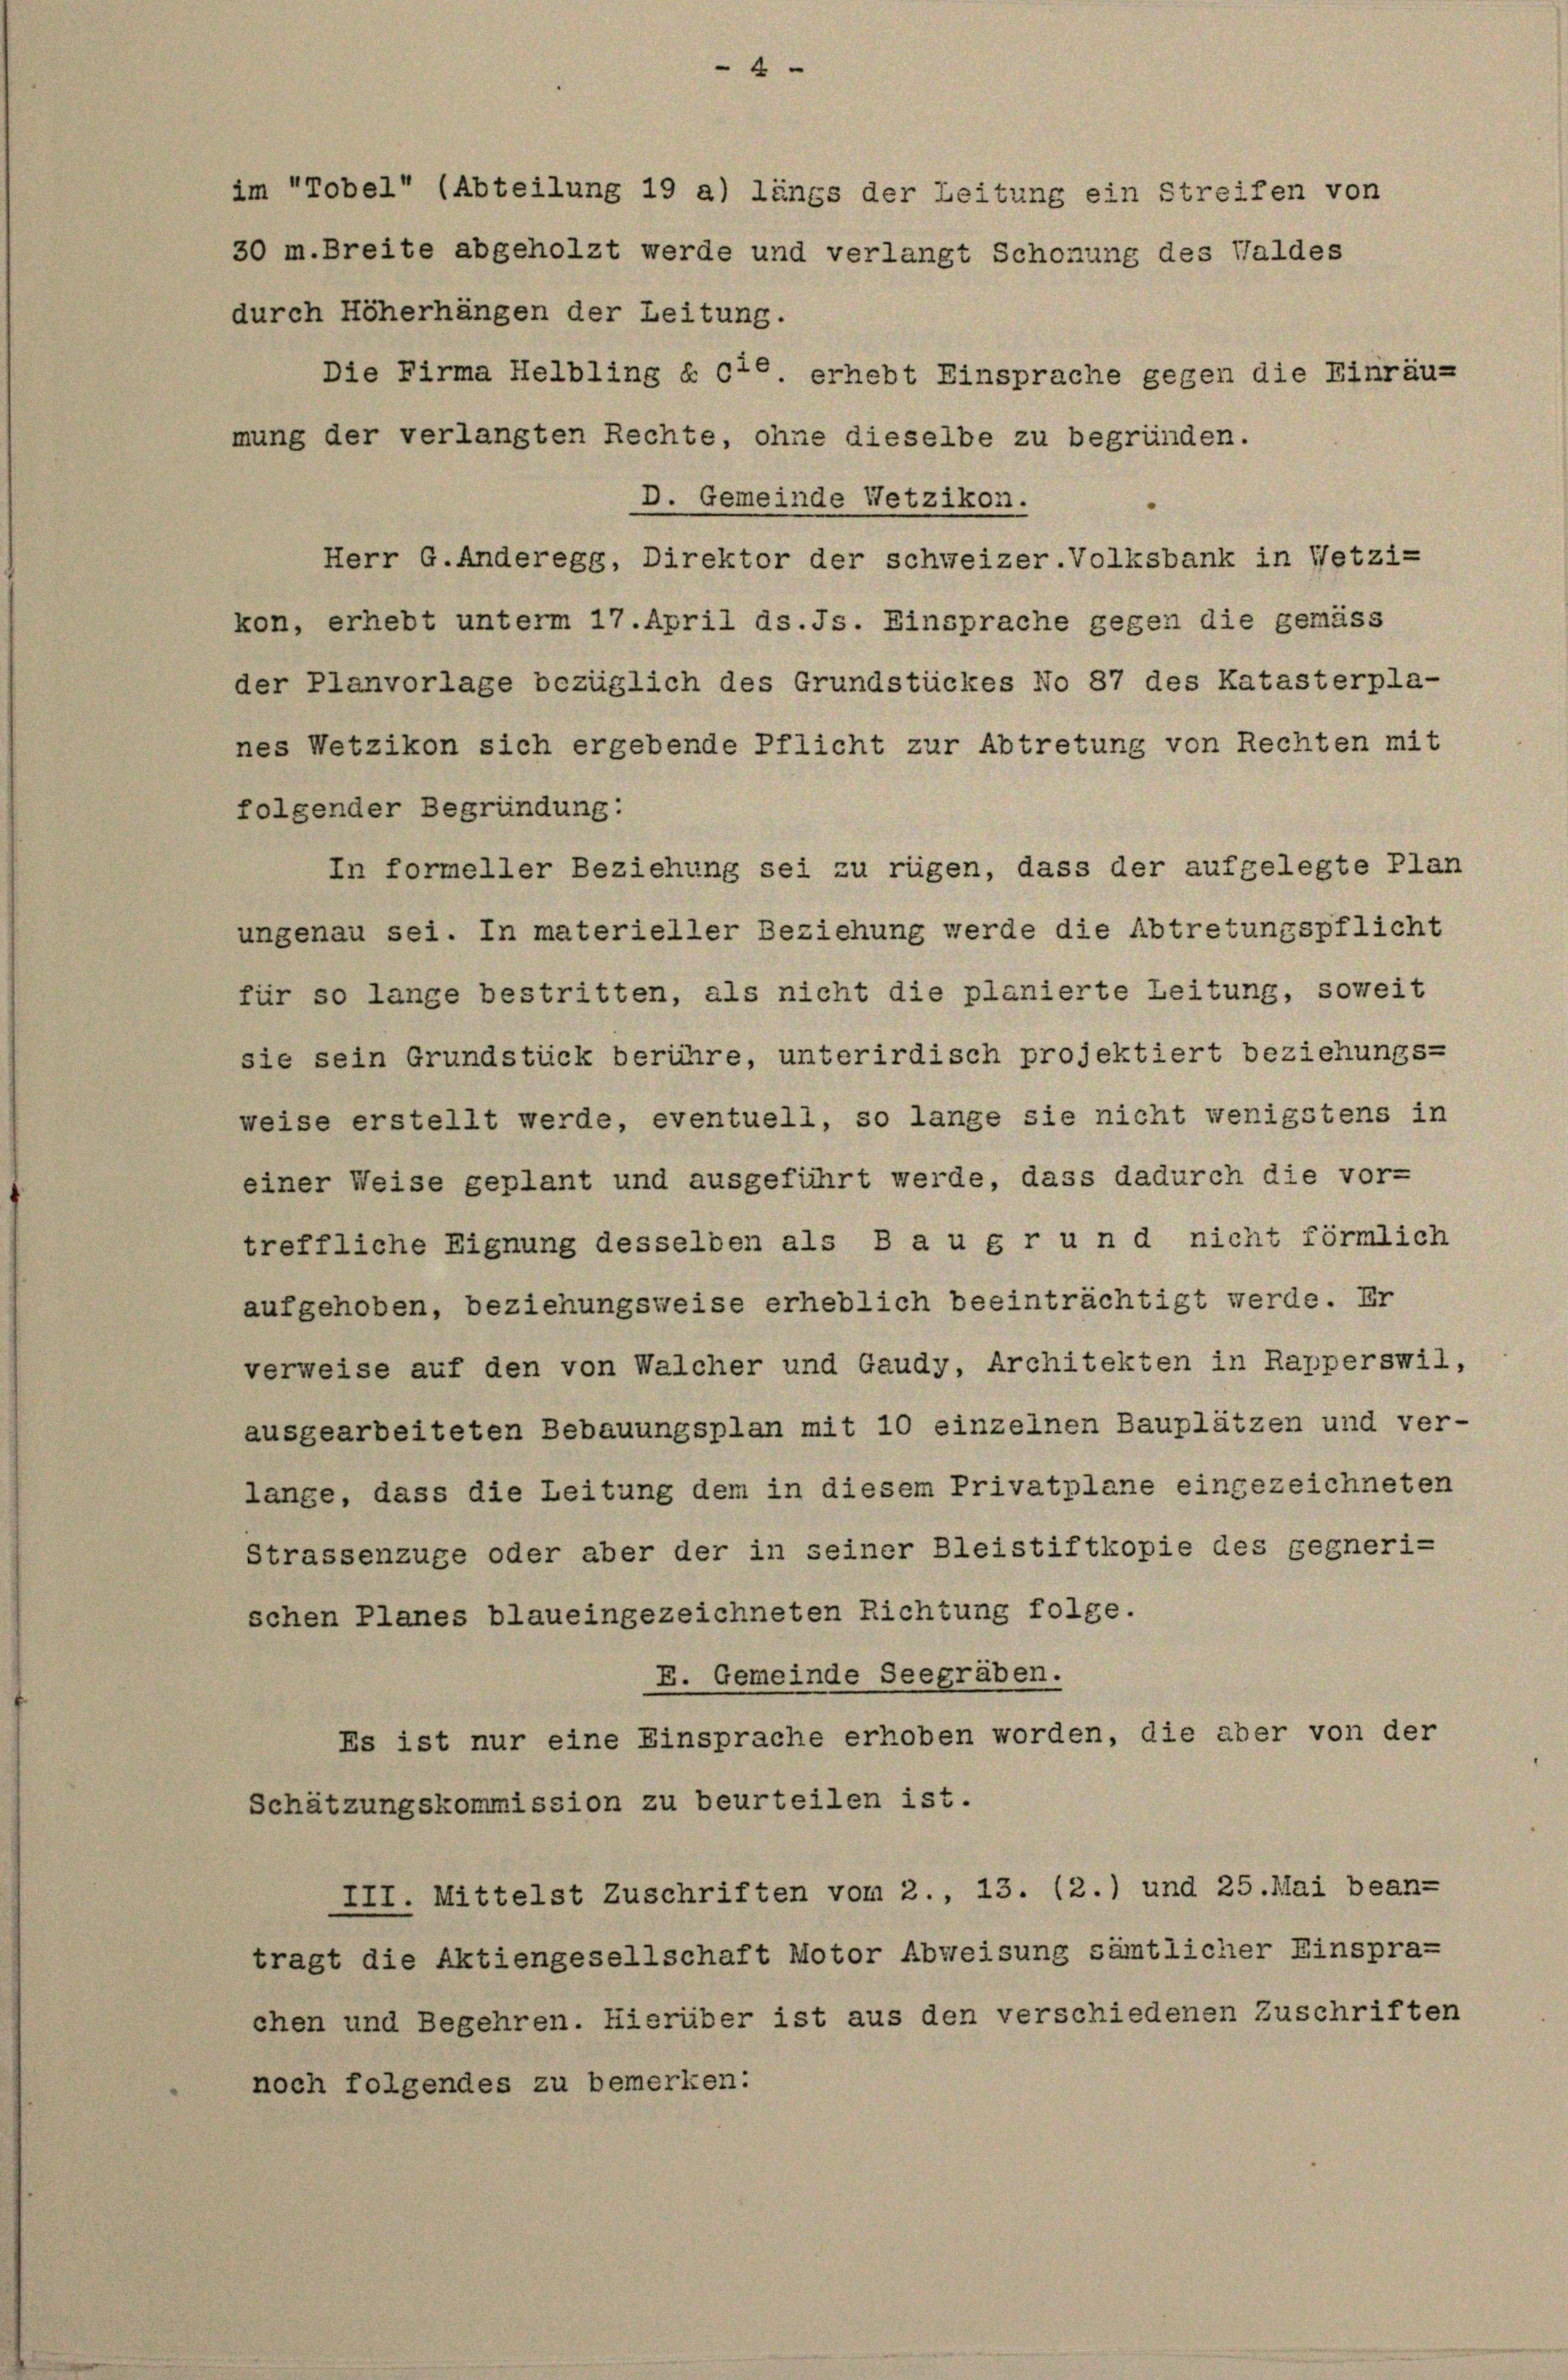
Die Firma Helbling § 676. erhebt Einsprache gegen die Einräu-
mung der verlangten Rechte, ohne dieselbe zu begründen.
D. Gemeinde Wetzikon.
Herr G. Anderegg, Direktor der schweizer.Volksbank in Wetzi-
kon, erhebt unterm 17. April ds. Js. Einsprache gegen die gemäss
der Planvorlage bezüglich des Grundstückes No 87 des Katasterpla-
nes Wetzikon sich ergebende Pflicht zur Abtretung von Rechten mit
folgender Begründung:
In formeller Beziehung sei zu rügen, dass der aufgelegte Plan
ungenau sei. In materieller Beziehung werde die Abtretungspflicht
für so lange bestritten, als nicht die planierte Leitung, soweit
sie sein Grundstück berühre, unterirdisch projektiert beziehungs-
weise erstellt werde, eventuell, so lange sie nicht wenigstens in
einer Weise geplant und ausgeführt werde, dass dadurch die vor-
treffliche Eignung desselben als B a u g r und nicht förmlich
aufgehoben, beziehungsweise erheblich beeinträchtigt werde. Er
verweise auf den von Walcher und Gaudy, Architekten in Rapperswil,
ausgearbeiteten Bebauungsplan mit 10 einzelnen Bauplätzen und ver-
lange, dass die Leitung dem in diesem Privatplane eingezeichneten
Strassenzuge oder aber der in seiner Bleistiftkopie des gegneri-
schen Planes blaueingezeichneten Richtung folge.
E. Gemeinde Seegräben.
Es ist nur eine Einsprache erhoben worden, die aber von der
Schätzungskommission zu beurteilen ist.
III. Mittelst Zuschriften vom 2., 13. (2.) und 25. Mai bean-
tragt die Aktiengesellschaft Motor Abweisung sämtlicher Einspra-
chen und Begehren. Hierüber ist aus den verschiedenen Zuschriften
noch folgendes zu bemerken:

im Tobel (Abteilung 19 a) längs der Leitung ein Streifen von
30 m. Breite abgeholzt werde und verlangt Schonung des Waldes

durch Höherhängen der Leitung.